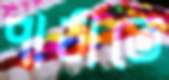
পাঠাতে